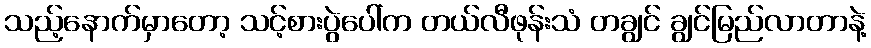
သည့်နောက်မှာတော့ သင့်စားပွဲပေါ်က တယ်လီဖုန်းသံ တချွင် ချွင်မြည်လာတာနဲ့